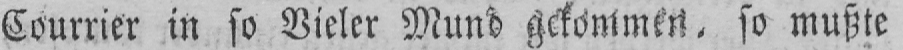
Courrier in so Vieler Mund gekommen, so mußte